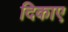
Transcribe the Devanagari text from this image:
दिकाए